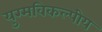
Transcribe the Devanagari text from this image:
युग्मविकल्पीय